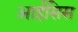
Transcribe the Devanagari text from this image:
आईसिस